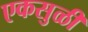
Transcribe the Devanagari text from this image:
एकसुळी